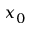
x _ { 0 }